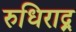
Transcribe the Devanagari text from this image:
रुधिराद्र्र